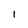
Character: 1